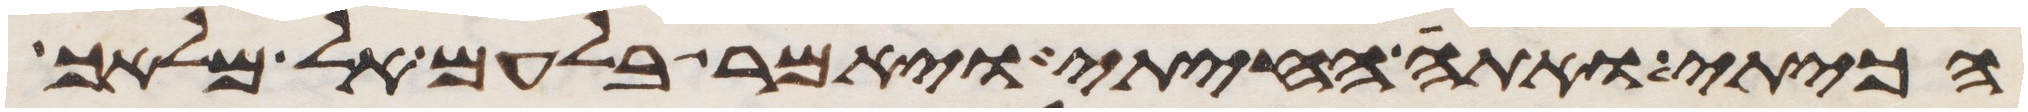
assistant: הכיתי ואתה החייתי ויאמר בלעם אל מלאך